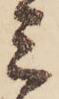
ミ